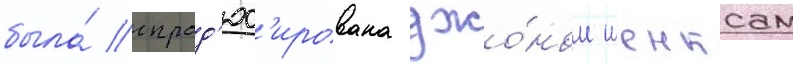
была́ спрод'юс'ирована джо́ном шенксом